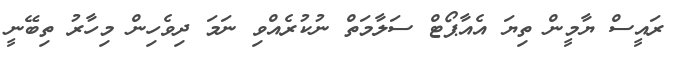
ރައީސް ޔާމީން ތިޔަ އެއާޕޯޓް ސަލާމަތް ނުކުރެއްވި ނަމަ ދިވެހިން މިހާރު ތިބޭނީ